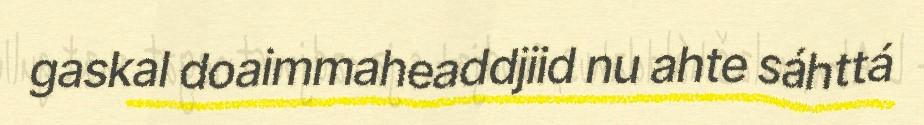
gaskal doaimmaheaddjiid nu ahte sáhttá